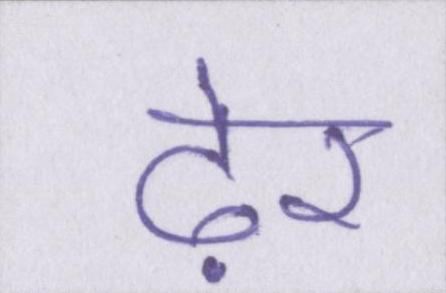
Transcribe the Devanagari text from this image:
ढ़ेर